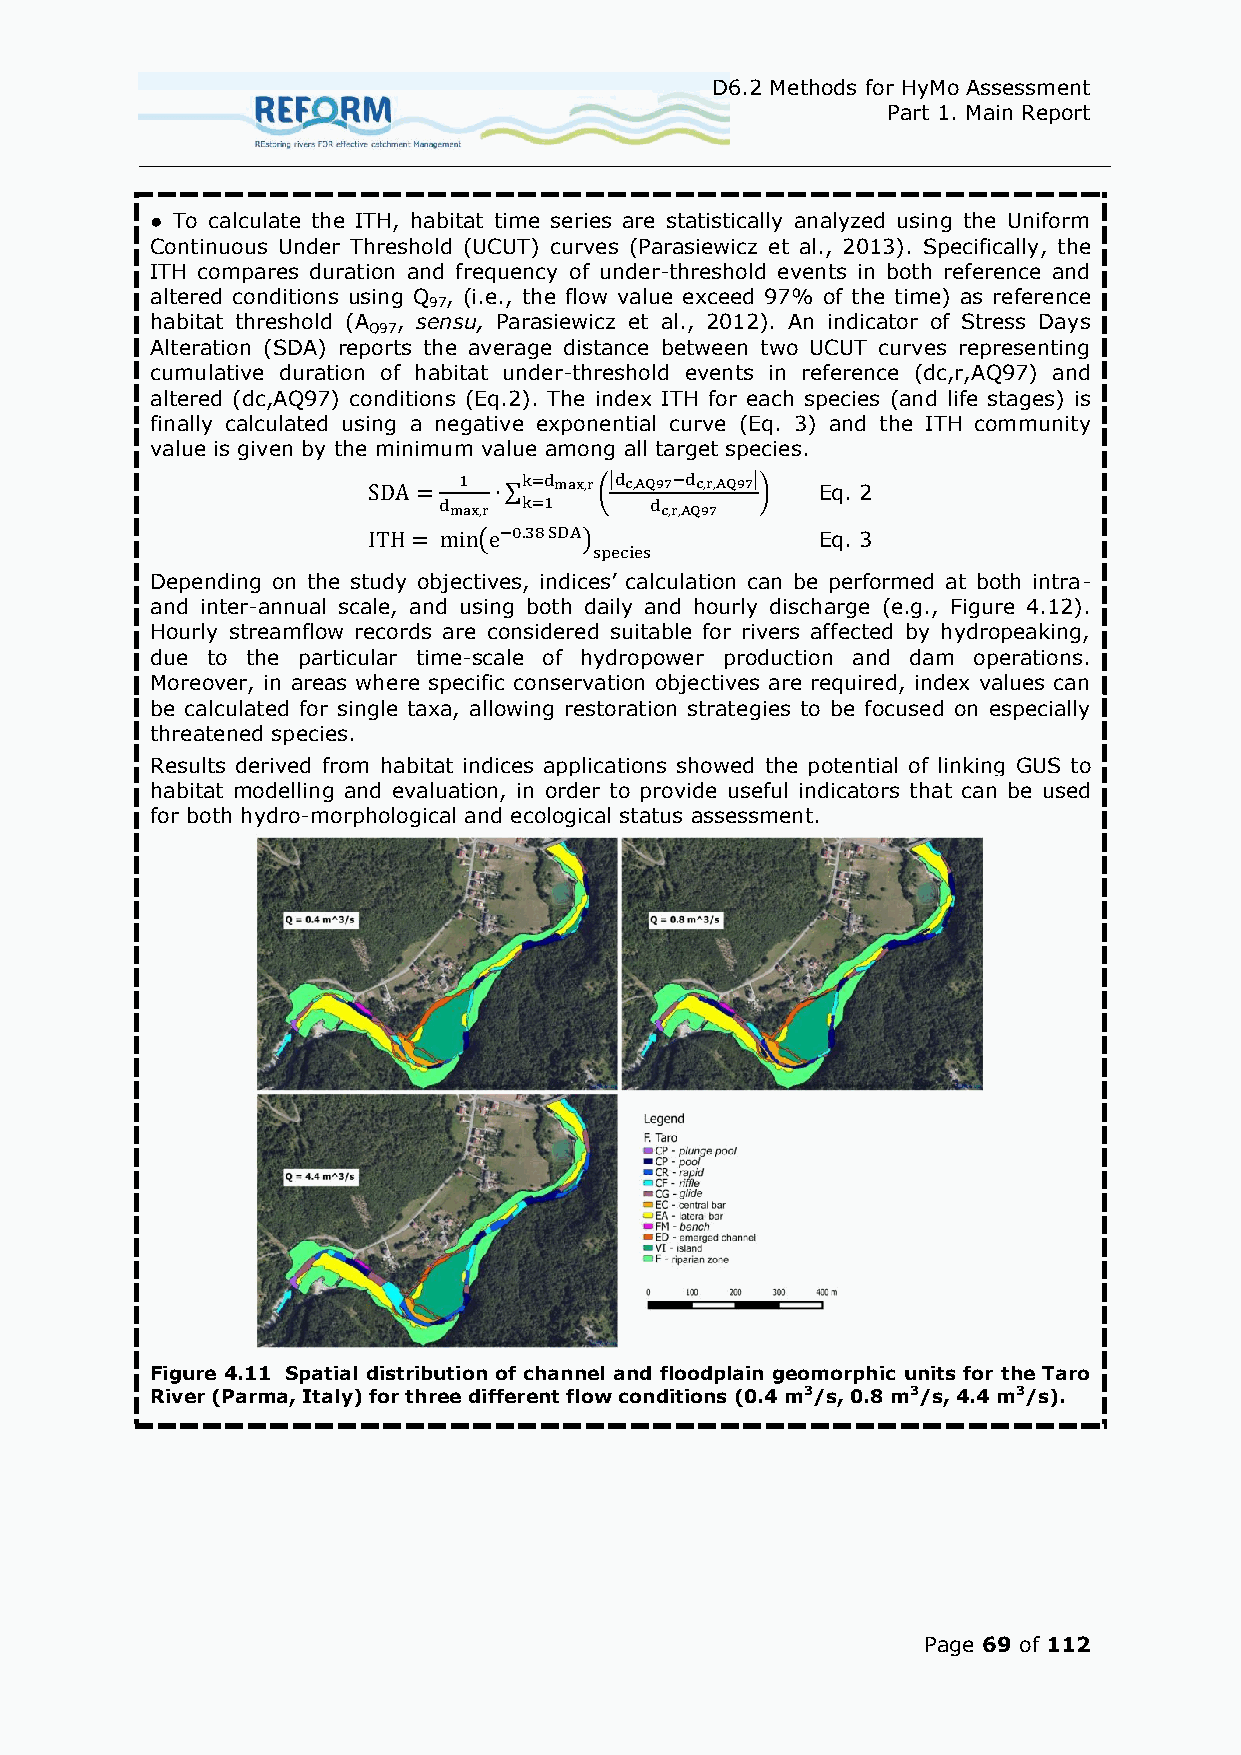
D6.2 Methods for HyMo Assessment
 Part 1. Main Report
 ● To calculate the ITH, habitat time series are statistically analyzed using the Uniform
 Continuous Under Threshold (UCUT) curves (Parasiewicz et al., 2013). Specifically, the
 ITH compares duration and frequency of under-threshold events in both reference and
 altered conditions using Q , (i.e., the flow value exceed 97% of the time) as reference
 97
 habitat threshold (A , sensu, Parasiewicz et al., 2012). An indicator of Stress Days
 Q97
 Alteration (SDA) reports the average distance between two UCUT curves representing
 cumulative duration of habitat under-threshold events in reference (dc,r,AQ97) and
 altered (dc,AQ97) conditions (Eq.2). The index ITH for each species (and life stages) is
 finally calculated using a negative exponential curve (Eq. 3) and the ITH community
 value is given by the minimum value among all target species.
 ∑
 (|        |
 )   Eq. 2
 (      )              Eq. 3
 Depending on the study objectives, indices’ calculation can be performed at both intra-
 and inter-annual scale, and using both daily and hourly discharge (e.g., Figure 4.12).
 Hourly streamflow records are considered suitable for rivers affected by hydropeaking,
 due to the particular time-scale of hydropower production and dam operations.
 Moreover, in areas where specific conservation objectives are required, index values can
 be calculated for single taxa, allowing restoration strategies to be focused on especially
 threatened species.
 Results derived from habitat indices applications showed the potential of linking GUS to
 habitat modelling and evaluation, in order to provide useful indicators that can be used
 for both hydro-morphological and ecological status assessment.
 Figure 4.11 Spatial distribution of channel and floodplain geomorphic units for the Taro
 River (Parma, Italy) for three different flow conditions (0.4 m3/s, 0.8 m3/s, 4.4 m3/s).
 Page 69 of 112